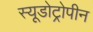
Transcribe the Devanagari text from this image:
स्यूडोट्रोपीन